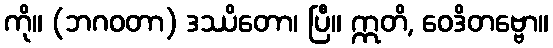
ကို။ (ဘဂဝတာ) ဒဿိတော၊ ပြီ။ ဣတိ, ဝေဒိတဗ္ဗော။